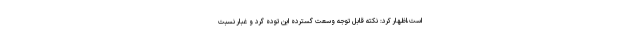
است،اظهار کرد: نکته قابل توجه وسعت گسترده این توده گرد و غبار نسبت